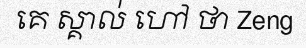
គេ ស្គាល់ ហៅ ថា Zeng